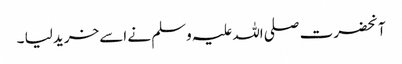
آنحضرت صلی اللہ علیہ وسلم نے اسے خرید لیا ۔